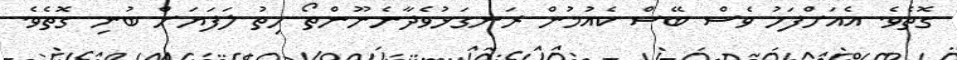
ގޮތެެވެ. އެއަށްފަހު ވެސް ބޭސް ކެއުމުން ރަނގަޅުވެދާނެނޫންތޯ ހިތު ލަފަޔަށް ބުުނި ގޮތެވެ.